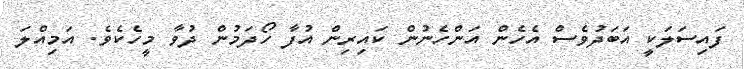
ފައިސަލަކީ އަބަދުވެސް އެހެން އަންހެނުން ކައިރިން އުފާ ހޯދަމުން ދުވާ މީހެކެވެ. އަމިއްލަ